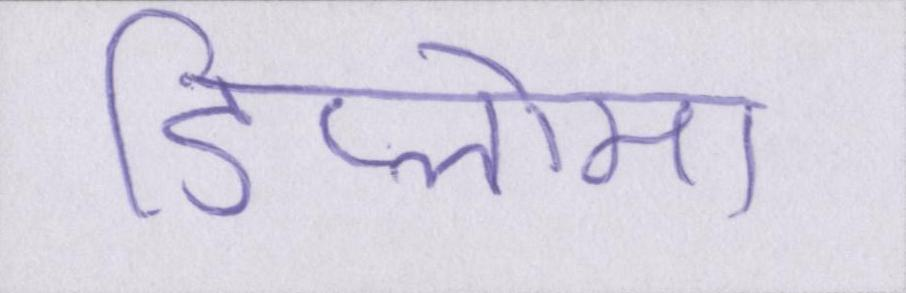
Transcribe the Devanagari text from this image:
डिप्लोमा